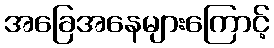
အခြေအနေများကြောင့်